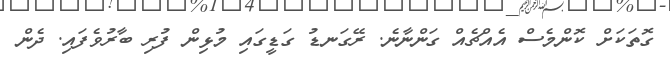
ގޮތަކަށް ކޮންމެސް އެއްޗެއް ގަންނާނެ. ރޭގަނޑު ގަޑީގައި މުޅިން ފުރި ބާރުވެފައި. ދެން